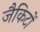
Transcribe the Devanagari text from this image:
जैकिटों